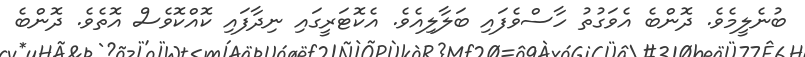
ބުނެލީމެވެ. ދޮންބެ އެވަގުތު ހާސްވެފައި ބަލާލިއެވެ. އެކޮޓަރީގައި ނިދާފައި ކޮއްކޮވެސް އޮތެވެ. ދޮންބެ